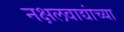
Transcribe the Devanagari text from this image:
नक्षलवाद्यांच्या